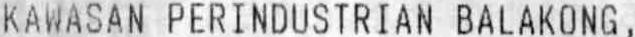
KAWASAN PERINDUSTRIAN BALAKONG ,